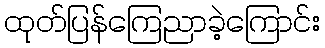
ထုတ်ပြန်ကြေညာခဲ့ကြောင်း